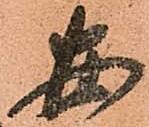
安